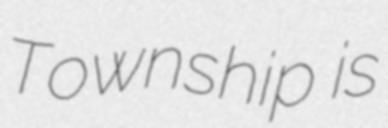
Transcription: Township is